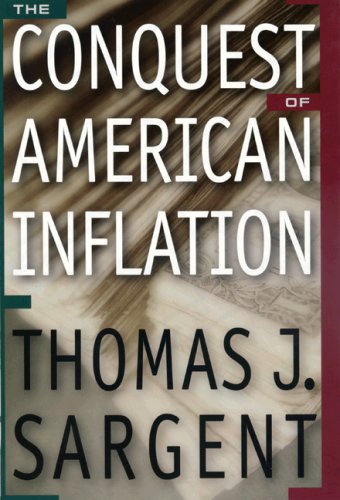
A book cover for The Conquest of American Inflation.; Thomas J. Sargent; Business & Money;